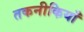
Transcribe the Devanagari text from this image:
तकनीकियाँ